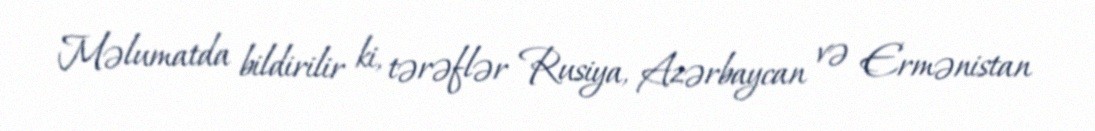
Məlumatda bildirilir ki, tərəflər Rusiya, Azərbaycan və Ermənistan